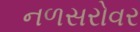
નળસરોવર